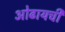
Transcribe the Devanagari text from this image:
ओढायची